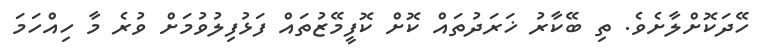
ހޭދަކޮށްލާށެވެ. ތި ބޭކާރު ޚަރަދުތައް ކޮށް ކޮފީމޭޒުތައް ފަޅުފިލުވުމަށް ވުރެ މާ ހިއްހަމަ